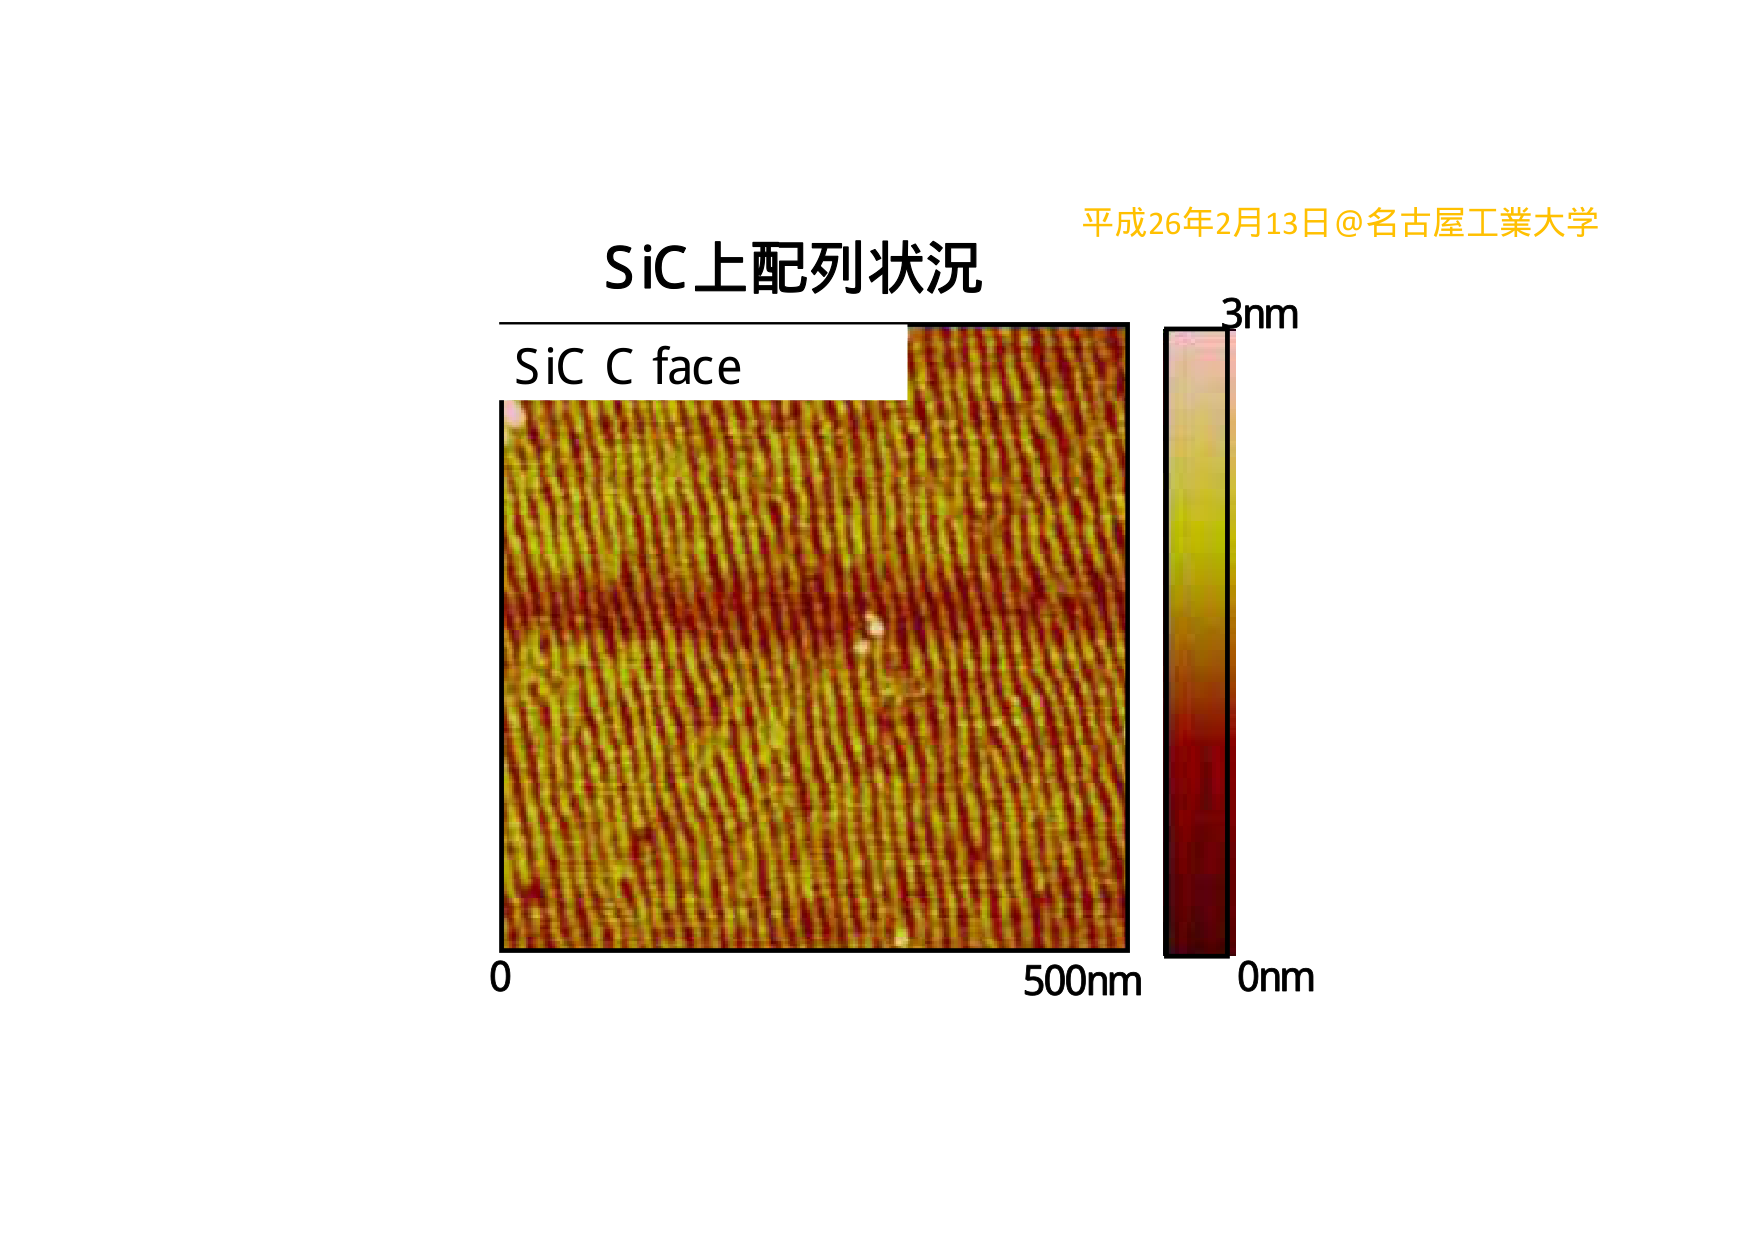
SiC上配列状況
平成26年2月13日@名古屋工業大学
SiC C face
0
500nm
0nm
3nm